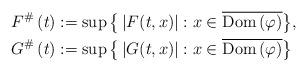
LaTeX: \begin{align*}F^{\#}\left( t\right) & :=\sup\big\{\left\vert F(t,x)\right\vert :x\in\overline{\mathrm{Dom}\left( \varphi\right) }\big\}, \\G^{\#}\left( t\right) & :=\sup\big\{\left\vert G(t,x)\right\vert :x\in\overline{\mathrm{Dom}\left( \varphi\right) }\big\}\end{align*}